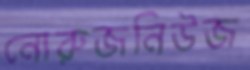
নোরুজনিউজ